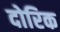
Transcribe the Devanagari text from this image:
दोरिक